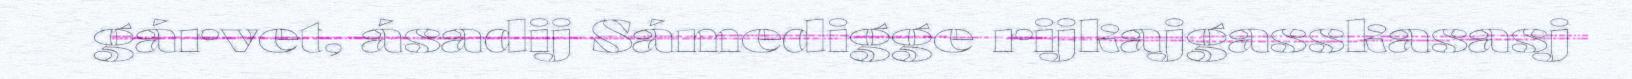
gárvet, ásadij Sámedigge rijkajgasskasasj